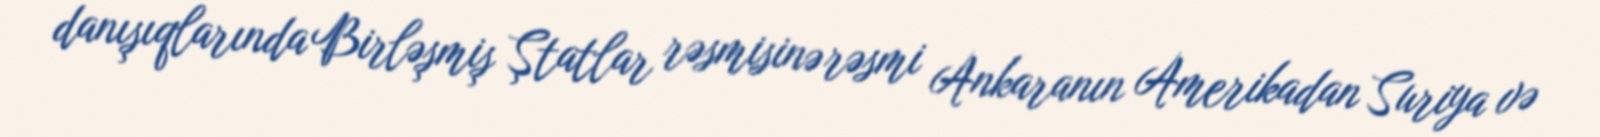
danışıqlarında Birləşmiş Ştatlar rəsmisinə rəsmi Ankaranın Amerikadan Suriya və